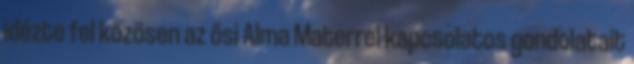
idézte fel közösen az ősi Alma Materrel kapcsolatos gondolatait